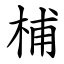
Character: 㭪